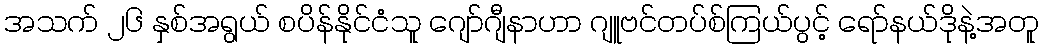
အသက် ၂၆ နှစ်အရွယ် စပိန်နိုင်ငံသူ ဂျော်ဂျီနာဟာ ဂျူဗင်တပ်စ်ကြယ်ပွင့် ရော်နယ်ဒိုနဲ့အတူ